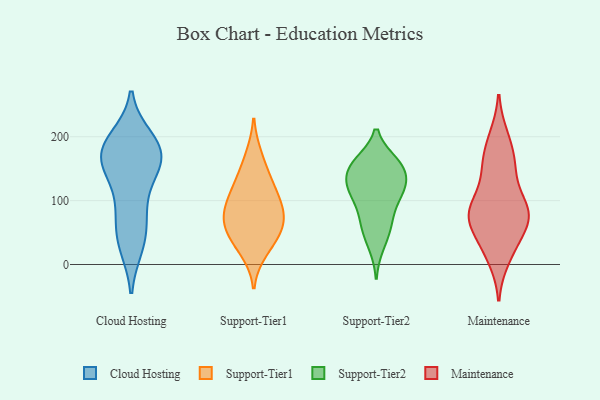
{"axis": {"x": "Waste Production (Tons)", "y": "Value"}, "legend": ["Cloud Hosting", "Maintenance", "Support-Tier1", "Support-Tier2"], "data": [{"x": "", "y": 172, "type": "Cloud Hosting"}, {"x": "", "y": 52, "type": "Cloud Hosting"}, {"x": "", "y": 187, "type": "Cloud Hosting"}, {"x": "", "y": 183, "type": "Cloud Hosting"}, {"x": "", "y": 149, "type": "Cloud Hosting"}, {"x": "", "y": 182, "type": "Cloud Hosting"}, {"x": "", "y": 140, "type": "Cloud Hosting"}, {"x": "", "y": 162, "type": "Cloud Hosting"}, {"x": "", "y": 30, "type": "Cloud Hosting"}, {"x": "", "y": 196, "type": "Cloud Hosting"}, {"x": "", "y": 88, "type": "Cloud Hosting"}, {"x": "", "y": 88, "type": "Cloud Hosting"}, {"x": "", "y": 33, "type": "Cloud Hosting"}, {"x": "", "y": 163, "type": "Cloud Hosting"}, {"x": "", "y": 121, "type": "Support-Tier1"}, {"x": "", "y": 39, "type": "Support-Tier1"}, {"x": "", "y": 107, "type": "Support-Tier1"}, {"x": "", "y": 86, "type": "Support-Tier1"}, {"x": "", "y": 61, "type": "Support-Tier1"}, {"x": "", "y": 21, "type": "Support-Tier1"}, {"x": "", "y": 79, "type": "Support-Tier1"}, {"x": "", "y": 135, "type": "Support-Tier1"}, {"x": "", "y": 76, "type": "Support-Tier1"}, {"x": "", "y": 50, "type": "Support-Tier1"}, {"x": "", "y": 170, "type": "Support-Tier1"}, {"x": "", "y": 150, "type": "Support-Tier2"}, {"x": "", "y": 159, "type": "Support-Tier2"}, {"x": "", "y": 157, "type": "Support-Tier2"}, {"x": "", "y": 30, "type": "Support-Tier2"}, {"x": "", "y": 118, "type": "Support-Tier2"}, {"x": "", "y": 106, "type": "Support-Tier2"}, {"x": "", "y": 117, "type": "Support-Tier2"}, {"x": "", "y": 147, "type": "Support-Tier2"}, {"x": "", "y": 115, "type": "Support-Tier2"}, {"x": "", "y": 57, "type": "Support-Tier2"}, {"x": "", "y": 158, "type": "Support-Tier2"}, {"x": "", "y": 76, "type": "Support-Tier2"}, {"x": "", "y": 125, "type": "Support-Tier2"}, {"x": "", "y": 62, "type": "Support-Tier2"}, {"x": "", "y": 78, "type": "Maintenance"}, {"x": "", "y": 80, "type": "Maintenance"}, {"x": "", "y": 142, "type": "Maintenance"}, {"x": "", "y": 47, "type": "Maintenance"}, {"x": "", "y": 79, "type": "Maintenance"}, {"x": "", "y": 199, "type": "Maintenance"}, {"x": "", "y": 104, "type": "Maintenance"}, {"x": "", "y": 73, "type": "Maintenance"}, {"x": "", "y": 83, "type": "Maintenance"}, {"x": "", "y": 32, "type": "Maintenance"}, {"x": "", "y": 86, "type": "Maintenance"}, {"x": "", "y": 83, "type": "Maintenance"}, {"x": "", "y": 10, "type": "Maintenance"}, {"x": "", "y": 17, "type": "Maintenance"}, {"x": "", "y": 152, "type": "Maintenance"}, {"x": "", "y": 64, "type": "Maintenance"}, {"x": "", "y": 196, "type": "Maintenance"}, {"x": "", "y": 157, "type": "Maintenance"}, {"x": "", "y": 163, "type": "Maintenance"}]}